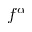
f ^ { \alpha }